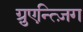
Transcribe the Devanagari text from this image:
ग़्रुएन्त्ज़िग